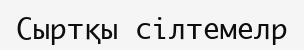
Сыртқы сілтемелр